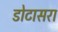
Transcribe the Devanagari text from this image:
डोटासरा